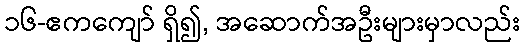
၁၆-ဧကကျော် ရှိ၍, အဆောက်အဦးများမှာလည်း